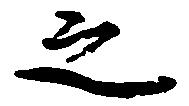
之